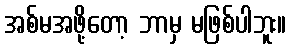
အစ်မအဖို့တော့ ဘာမှ မဖြစ်ပါဘူး။